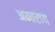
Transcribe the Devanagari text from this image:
अन्तराय